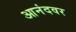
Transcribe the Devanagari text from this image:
आनंदवर